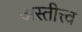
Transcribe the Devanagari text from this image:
अस्तीत्त्व